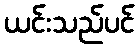
ယင်းသည်ပင်